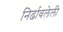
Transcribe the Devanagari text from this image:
निर्ढावलेली